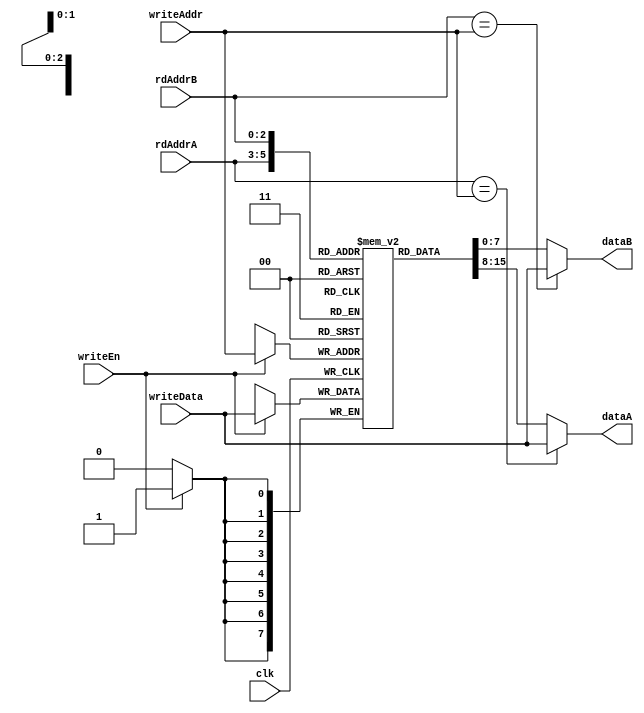
module register8(clk, writeEn, writeAddr, writeData, rdAddrA, rdAddrB, dataA, dataB);

input clk, writeEn;
input [2:0] writeAddr, rdAddrA, rdAddrB;
input [7:0] writeData;
output [7:0] dataA, dataB;
reg [7:0] dataA, dataB;
reg[7:0] registers[0:7];

// bypass logic
//assign dataA = registers[rdAddrA];
//assign dataB = registers[rdAddrB];

// update data into the register at location writeAddr every cycle
always @(posedge clk) begin
	if (writeEn==1) begin
		registers[writeAddr]<=writeData;
	end
end

always @* begin
	if (rdAddrA == writeAddr)
		dataA = writeData;
        else
                dataA = registers[rdAddrA];
end

always @* begin
	if (rdAddrB == writeAddr)
		dataB = writeData;
	else
		dataB = registers[rdAddrB];
end

endmodule